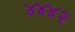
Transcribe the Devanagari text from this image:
४४४२